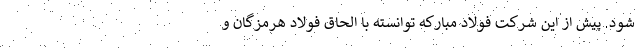
شود. پیش از این شرکت فولاد مبارکه توانسته با الحاق فولاد هرمزگان و